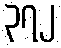
၃၇၂